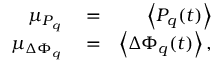
\begin{array} { r l r } { \mu _ { P _ { q } } } & { { } = } & { \left\langle P _ { q } ( t ) \right\rangle } \\ { \mu _ { \Delta \Phi _ { q } } } & { { } = } & { \left\langle \Delta \Phi _ { q } ( t ) \right\rangle , } \end{array}